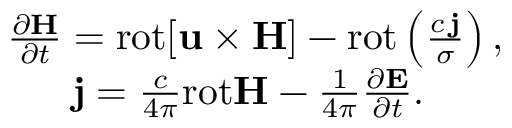
\begin{array} { r } { \frac { \partial { \bf H } } { \partial t } = \mathrm { r o t } { \bf [ u \times { \bf H } ] } - \mathrm { r o t } \left( \frac { c \, { \bf j } } { \sigma } \right) , \quad } \\ { { \bf j } = \frac { c } { 4 \pi } \mathrm { r o t } { \bf H } - \frac { 1 } { 4 \pi } \frac { \partial { \bf E } } { \partial t } . \qquad \quad } \end{array}